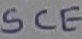
Text: SCE